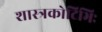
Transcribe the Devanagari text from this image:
शास्त्रकोटिभिः